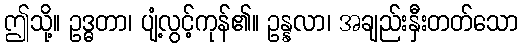
ဤသို့။ ဥဒ္ဓတာ၊ ပျံ့လွင့်ကုန်၏။ ဥန္နလာ၊ အချည်းနှီးတတ်သော